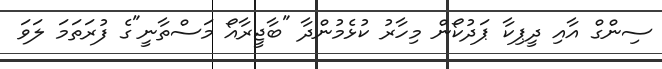
ސިންގް އާއި ދީޕިކާ ޕަދުކޯން މިހާރު ކުޅެމުންދާ "ބާޖީރާއޯ މަސްތާނީ"ގެ ފުރަތަމަ ލަވަ